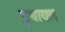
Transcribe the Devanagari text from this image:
पुथायल